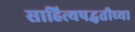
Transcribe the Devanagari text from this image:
साहित्यपद्धतीच्या